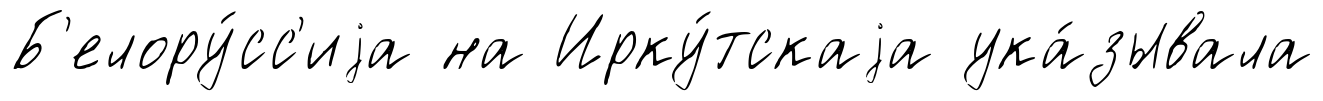
Б'елору́сс'иjа на Ирку́тскаjа ука́зывала